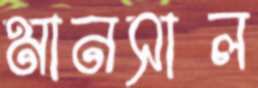
মানসাল